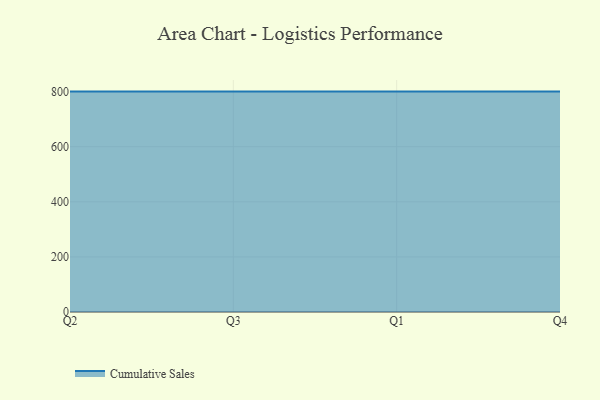
{"axis": {"x": "Quarter", "y": "Temperature (°C)"}, "legend": ["Cumulative Sales"], "data": [{"x": "Q2", "y": 800, "type": "Cumulative Sales"}, {"x": "Q3", "y": 800, "type": "Cumulative Sales"}, {"x": "Q1", "y": 800, "type": "Cumulative Sales"}, {"x": "Q4", "y": 800, "type": "Cumulative Sales"}]}